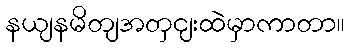
နယျနမိတျအတှငျးထဲမှာကာတာ။